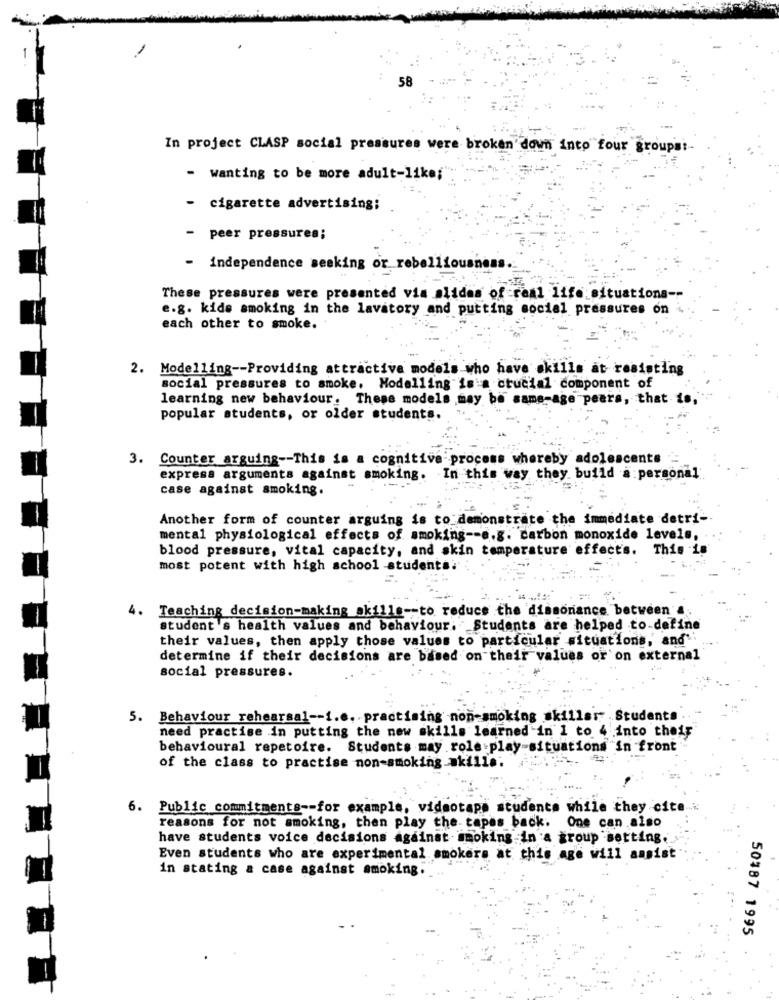
58
In project CLASP social pressures were broken down into four groups !-
- wanting to be more adult-like;"
- cigarette advertising;
peer pressures;
- independence seeking or rebelliousness.
These pressures were presented via slides of real life:situationa --
e.g. kide smoking in the lavatory and putting social pressures on
each other to smoke.
2. Modelling -- Providing attractive models who have skills at resisting
social pressures to smoke. Modelling is a crucial component of
learning new behaviour. These models may be same-age pears, that is,
popular students, or older students.
3. Counter arguing -- This is a cognitive process whereby adolescents
express arguments against smoking. In this way they build a personal
case against smoking.
Another form of counter arguing is to demonstrate the immediate detri-
mental physiological effects of smoking -- e.g. carbon monoxide levels,
blood pressure, vital capacity, and skin temper
ffer
This 1
most potent with high school stude
4.
Teaching decision-making_akille -- to reduce the dissonance between &
student 's health values and behaviour. Students are helped to-define
their values, then apply those values to particular situations, and
determine if their decisions are based on their values or on external
social pressures.
5. Behaviour rehearsal -- i.e. practising non-smoking skillss .Students
need practise in putting the new skills learned in 1 to 4 into their
behavioural repetoire. Students may role play-situations "in front
of the class to practise non-smoking akille;
6.
Public commitments -- for example, videotape students while they cite
reasons for not smoking, then play the- tapes back. One can also
have students voice decisions Against smoking in a group setting.
Even students who are experimental smokers at this age will assist
in stating a case against smoking.
50187 1995